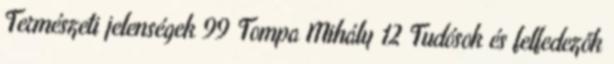
Természeti jelenségek 99 Tompa Mihály 12 Tudósok és felfedezők